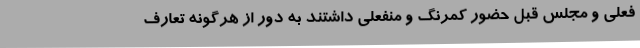
فعلی و مجلس قبل حضور کمرنگ و منفعلی داشتند به دور از هرگونه تعارف